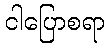
ငါပြောစရာ